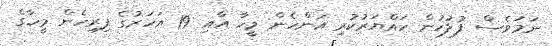
ނަމަވެސް ފުލުހުން ހައްޔަރުކުރި އަންހެން މީހާ އާއި 19 އަހަރުގެ ފިރިހެން މީހާގެ